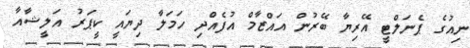
ނިއުގެ ޕެނަލްޓީ އޭރިޔާ ބޭރުން އައްޒާމް އުފެއްދި ހަމަލާ ދިޔައީ ކީޕަރު އަލީޝާއާ